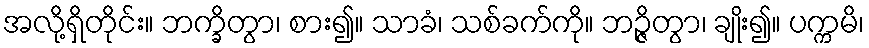
အလို့ရှိတိုင်း။ ဘက္ခိတွာ၊ စား၍။ သာခံ၊ သစ်ခက်ကို။ ဘဉ္ဇိတွာ၊ ချိုး၍။ ပက္ကမိ၊